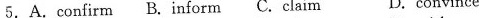
5.A.confirm B.inform C.claim D.convince